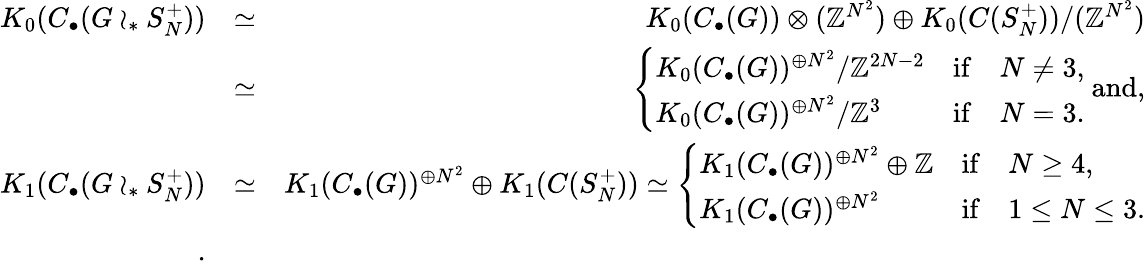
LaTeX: \begin{array}{rlr}{K_{0}(C_{\bullet}(G\wr_{*}S_{N}^{+}))}&{\simeq}&{K_{0}(C_{\bullet}(G))\otimes(\mathbb{Z}^{N^{2}})\oplus K_{0}(C(S_{N}^{+}))/(\mathbb{Z}^{N^{2}})}\\ &{\simeq}&{\left\{ \begin{array}{lcl}{K_{0}(C_{\bullet}(G))^{\oplus N^{2}}/\mathbb{Z}^{2N-2}}&{\mathrm{if}}&{N\neq 3,}\\ {K_{0}(C_{\bullet}(G))^{\oplus N^{2}}/\mathbb{Z}^{3}}&{\mathrm{if}}&{N=3.}\end{array}\right.\mathrm{~and,}}\\ {K_{1}(C_{\bullet}(G\wr_{*}S_{N}^{+}))}&{\simeq}&{K_{1}(C_{\bullet}(G))^{\oplus N^{2}}\oplus K_{1}(C(S_{N}^{+}))\simeq\left\{ \begin{array}{lcl}{K_{1}(C_{\bullet}(G))^{\oplus N^{2}}\oplus\mathbb{Z}}&{\mathrm{if}}&{N\geq 4,}\\ {K_{1}(C_{\bullet}(G))^{\oplus N^{2}}}&{\mathrm{if}}&{1\leq N\leq 3.}\end{array}\right.}\\ {.}\end{array}